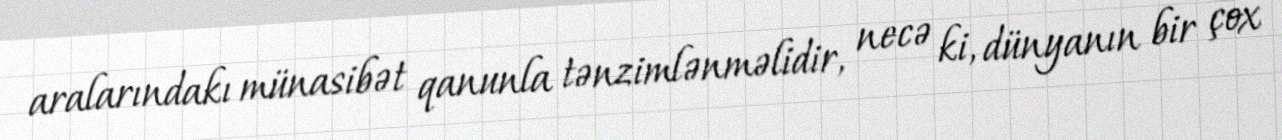
aralarındakı münasibət qanunla tənzimlənməlidir, necə ki, dünyanın bir çox